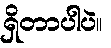
ရှိတာပါပဲ။